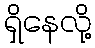
ရှိနေလို့